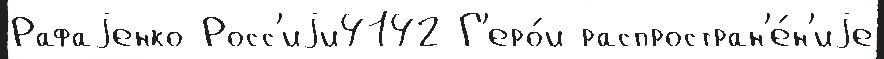
Рафаjенко Росс'иjи4142 Г'еро́и распростран'е́н'иjе